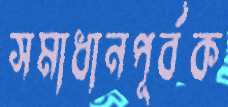
সমাধানপূর্বক